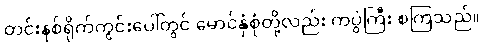
တင်းနစ်ရိုက်ကွင်းပေါ်တွင် မောင်နှံစုံတို့လည်း ကပွဲကြီး စကြသည်။